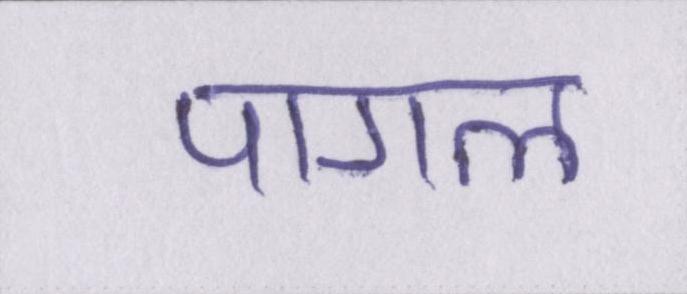
पागल